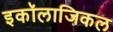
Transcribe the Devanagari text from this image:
इकॉलाजिकल